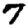
Digit: 7